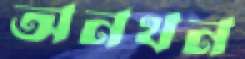
অনথন